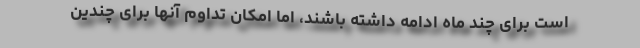
است برای چند ماه ادامه داشته باشند، اما امکان تداوم آنها برای چندین